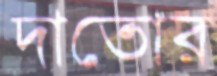
দাতোর